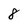
Character: 8